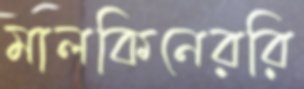
মালকিনেররি